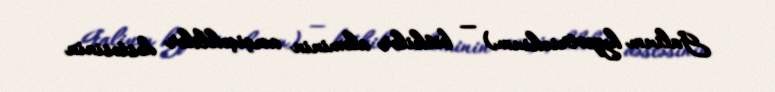
Galium hypotrichium) — bitkilər aləminin acıçiçəklilər dəstəsinin